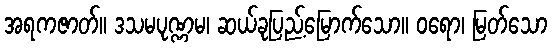
အရကဇာတ်။ ဒသမပုဏ္ဏမ၊ ဆယ်ခုပြည့်မြောက်သော။ ဝရော၊ မြတ်သော